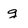
Character: g